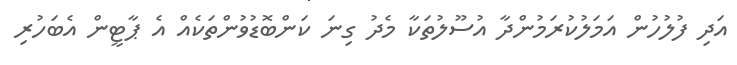
އަދި ފުލުހުން އަމަލުކުރަމުންދާ އުސޫލުތަކާ މެދު ގިނަ ކަންބޮޑުވުންތަކެއް އެ ޕާޓީން އެބަހުރި